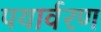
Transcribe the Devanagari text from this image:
पयार्वरण